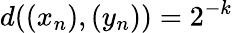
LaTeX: d((x_{n}),(y_{n}))=2^{-k}